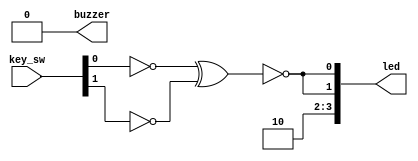
// This program was cloned from: https://github.com/DigitalDesignSchool/ce2020labs
// License: MIT License

module top
(
    input  [3:0] key_sw,
    output [3:0] led,

    output       buzzer
);

    wire a = ~ key_sw [0];
    wire b = ~ key_sw [1];
    
    wire result = a ^ b;

    assign led [0] = ~ result;

    assign led [1] = ~ (~ key_sw [0] ^ ~ key_sw [1]);

    // Exercise 1: Change the code below.
    // Write the same for led [2] - logic operation AND 
    // Write the same for led [3] - logic operation OR
    
    assign led [2] = 1'b0;
    assign led [3] = 1'b1;

    // Exercise 2: Change the code below.
    // Turn on and off buzzer on the board using key.
    // Listen to the click sound.

    assign buzzer = 1'b0;
    
endmodule